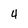
Character: 4